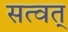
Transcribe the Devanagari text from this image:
सत्वत्